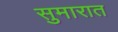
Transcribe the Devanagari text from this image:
सुमारात